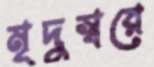
মৃদুস্বরে